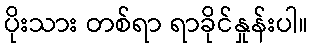
ပိုးသား တစ်ရာ ရာခိုင်နှုန်းပါ။